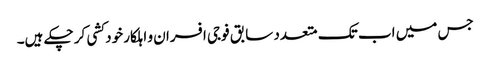
جس میں اب تک متعدد سابق فوجی افسران و اہلکار خود کشی کر چکے ہیں۔